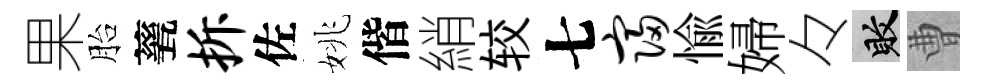
果胎甆拆佐姚偕綃较七寝愉婦々敗曹